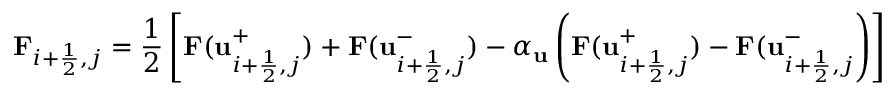
\mathbf F _ { i + \frac { 1 } { 2 } , j } = \frac { 1 } { 2 } \left[ \mathbf F ( \mathbf u _ { i + \frac { 1 } { 2 } , j } ^ { + } ) + \mathbf F ( \mathbf u _ { i + \frac { 1 } { 2 } , j } ^ { - } ) - \alpha _ { \mathbf u } \left( \mathbf F ( \mathbf u _ { i + \frac { 1 } { 2 } , j } ^ { + } ) - \mathbf F ( \mathbf u _ { i + \frac { 1 } { 2 } , j } ^ { - } \right) \right]